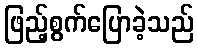
ဖြည့်စွက်ပြောခဲ့သည်